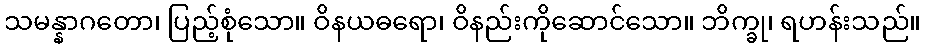
သမန္နာဂတော၊ ပြည့်စုံသော။ ဝိနယဓရော၊ ဝိနည်းကိုဆောင်သော။ ဘိက္ခု၊ ရဟန်းသည်။